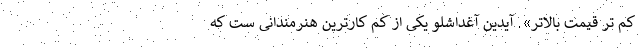
کم تر قیمت بالاتر». آیدین آغداشلو یکی از کم کارترین هنرمندانی ست که